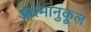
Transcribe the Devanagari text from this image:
आत्मानुकूल